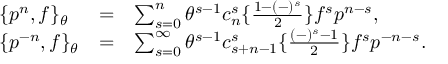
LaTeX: \begin{array} { l c l } { { \{ p ^ { n } , f \} _ { \theta } } } & { { = } } & { { \sum _ { s = 0 } ^ { n } \theta ^ { s - 1 } c _ { n } ^ { s } \{ \frac { 1 - ( - ) ^ { s } } { 2 } \} f ^ { s } p ^ { n - s } , } } \\ { { \{ p ^ { - n } , f \} _ { \theta } } } & { { = } } & { { \sum _ { s = 0 } ^ { \infty } \theta ^ { s - 1 } c _ { s + n - 1 } ^ { s } \{ \frac { ( - ) ^ { s } - 1 } { 2 } \} f ^ { s } p ^ { - n - s } . } } \end{array}